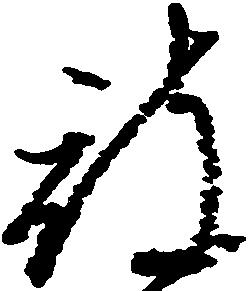
被